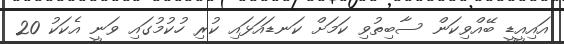
އައިއީޑީ ބޭއްވިކަން ސާބިތުވި ކަމަށް ކަނޑައަޅައި ކުރި ހުކުމުގައި ވަނީ އެކަކު 20